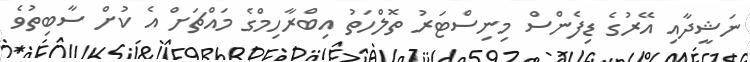
ނަޝީދާއި އޭރުގެ ޑިފެންސް މިނިސްޓަރު ތޮލްހަތު އިބްރާހިމްގެ މައްޗަށް އެ ކުށް ސާބިތުވެ